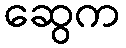
ဆွေက